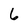
Character: 6